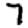
Digit: 7